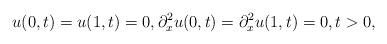
LaTeX: \begin{align*}u(0,t) = u(1,t) = 0, \partial^2_x u(0,t) = \partial^2_x u(1,t) = 0, t > 0,\end{align*}